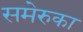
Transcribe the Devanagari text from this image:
समेरुका